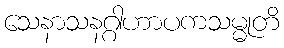
သေနာသနဂ္ဂါဟာပကသမ္မုတိ